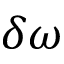
\delta \omega